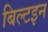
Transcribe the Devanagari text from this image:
बिल्टइन